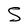
Character: S